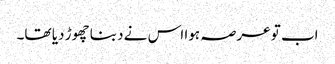
اب تو عرصہ ہوا اس نے دبنا چھوڑ دیا تھا۔